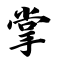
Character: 掌